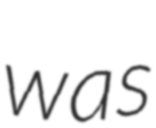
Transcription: was